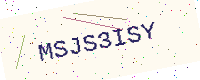
Text: MSJS3ISY